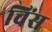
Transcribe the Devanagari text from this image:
चिंस